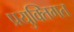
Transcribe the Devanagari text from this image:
प्रयुक्तिगत